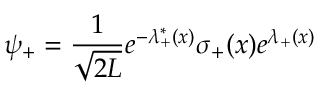
\psi _ { + } = { \frac { 1 } { \sqrt { 2 L } } } e ^ { - \lambda _ { + } ^ { * } ( x ) } \sigma _ { + } ( x ) e ^ { \lambda _ { + } ( x ) }